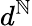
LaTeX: d^{\mathbb{N}}